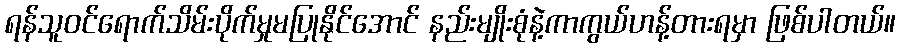
ရန်သူဝင်ရောက်သိမ်းပိုက်မှုမပြုနိုင်အောင် နည်းမျိုးစုံနဲ့ကာကွယ်ဟန့်တားရမှာ ဖြစ်ပါတယ်။